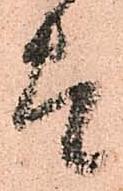
太